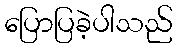
ပြောပြခဲ့ပါသည်